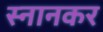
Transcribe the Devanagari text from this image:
स्नानकर